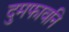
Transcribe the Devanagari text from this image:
दुमफावनि